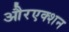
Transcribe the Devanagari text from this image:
औरएक्शन